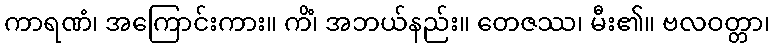
ကာရဏံ၊ အကြောင်းကား။ ကိံ၊ အဘယ်နည်း။ တေဇဿ၊ မီး၏။ ဗလဝတ္တာ၊